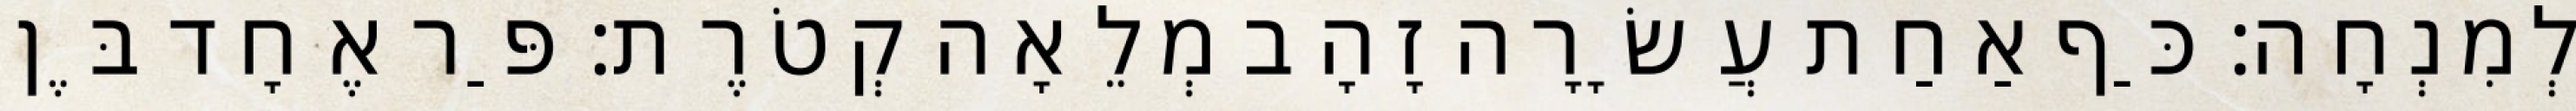
לְמִנְחָה׃ כַּף אַחַת עֲשָׂרָה זָהָב מְלֵאָה קְטֹרֶת׃ פַּר אֶחָד בֶּן